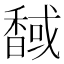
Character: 𲋯